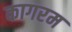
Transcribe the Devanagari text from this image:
कागरम